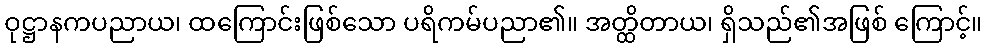
ဝုဋ္ဌာနကပညာယ၊ ထကြောင်းဖြစ်သော ပရိကမ်ပညာ၏။ အတ္ထိတာယ၊ ရှိသည်၏အဖြစ် ကြောင့်။